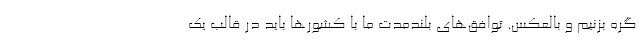
گره بزنیم و بالعکس. توافق‌های بلندمدت ما با کشورها باید در قالب یک